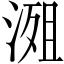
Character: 𣹖